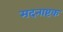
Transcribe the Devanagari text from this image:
मदनाष्टक